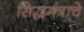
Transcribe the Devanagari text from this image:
सिद्धमंत्राचे